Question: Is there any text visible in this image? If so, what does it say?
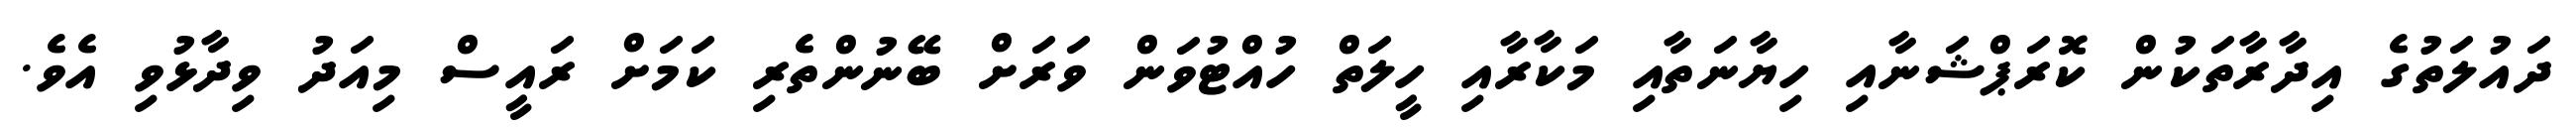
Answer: ދައުލަތުގެ އިދާރާތަކުން ކޮރަޕްޝަނާއި ހިޔާނަތާއި މަކާރާއި ހީލަތް ހުއްޓުވަން ވަރަށް ބޭނުންތެރި ކަމަށް ރައީސް މިއަދު ވިދާޅުވި އެވެ.